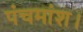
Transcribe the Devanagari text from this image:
पंचमांश।